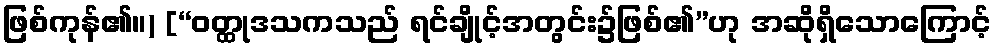
ဖြစ်ကုန်၏။) [“ဝတ္ထုဒသကသည် ရင်ချိုင့်အတွင်း၌ဖြစ်၏”ဟု အဆိုရှိသောကြောင့်